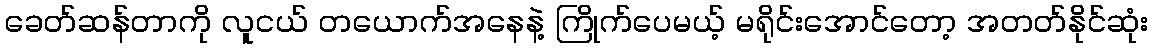
ခေတ်ဆန်တာကို လူငယ် တယောက်အနေနဲ့ ကြိုက်ပေမယ့် မရိုင်းအောင်တော့ အတတ်နိုင်ဆုံး